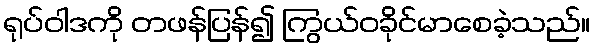
ရုပ်ဝါဒကို တဖန်ပြန်၍ ကြွယ်ဝခိုင်မာစေခဲ့သည်။